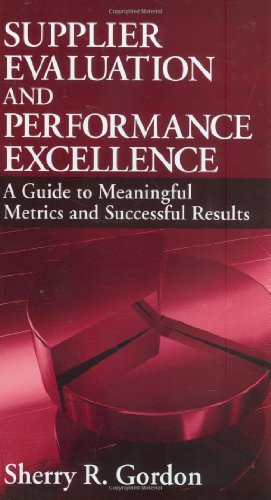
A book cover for Supplier Evaluation & Performance Excellence; Sherry R. Gordon; Business & Money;